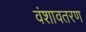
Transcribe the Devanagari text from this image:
वंशावतरण